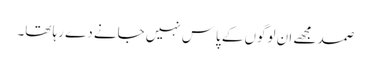
صمد مجھے ان لوگوں کے پاس نہیں جانے دے رہا تھا۔